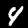
Digit: 4